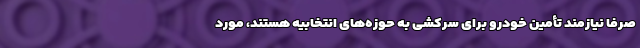
صرفا نیازمند تأمین خودرو برای سرکشی به حوزه‌های انتخابیه هستند، مورد